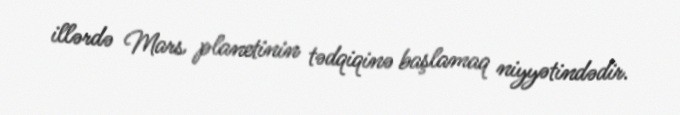
illərdə Mars planetinin tədqiqinə başlamaq niyyətindədir.